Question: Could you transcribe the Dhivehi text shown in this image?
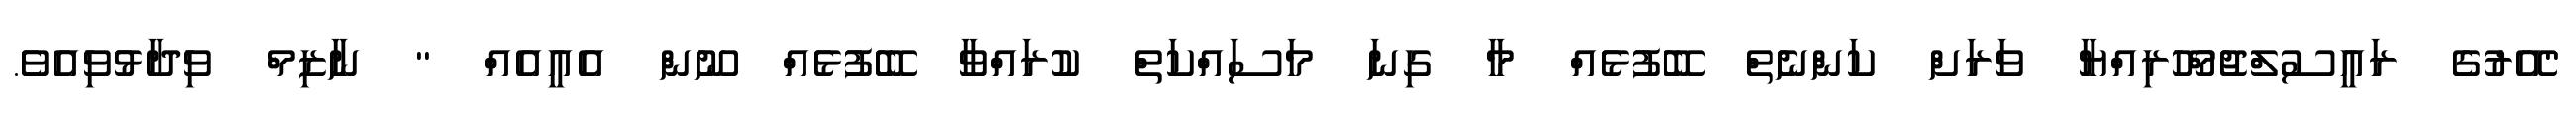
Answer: "އޭރުގެ ރައީސުލްޖުމްހޫރިއްޔާ ވަރަށް ކަންނެތް ބޭފުޅެއް މާ ގިނަ މަސައްކަތް ކުރައްވާ ބޭފުޅެއް ނޫން އެއީއެއް " ނާޒިމް ވިދާޅުވިއެވެ.